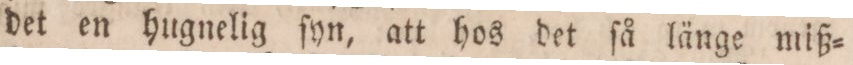
det en hugnelig ſyn, att hos det ſå länge miß=